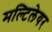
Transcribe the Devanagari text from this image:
मल्टिलेयर